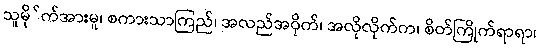
သူမို်က်အားမူ၊ စကားသာကြည်၊ အလည်အဝိုက်၊ အလိုလိုက်က၊ စိတ်ကြိုက်ရာရာ၊